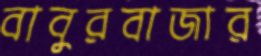
বাবুরবাজার